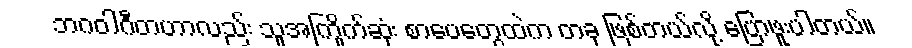
ဘဂဝါဂီတဟာလည်း သူအကြိုက်ဆုံး စာပေတွေထဲက တခု ဖြစ်တယ်လို့ ပြောဖူးပါတယ်။